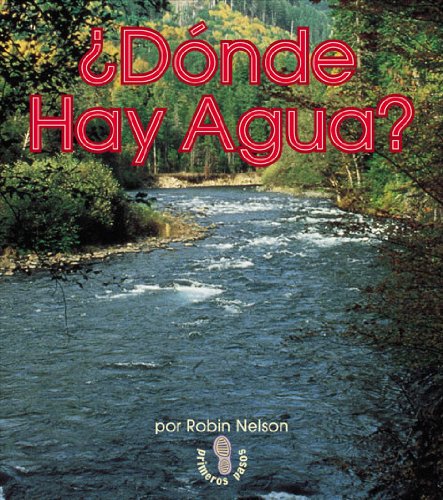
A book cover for Donde Hay Agua? (Primeros Pasos) (Spanish Edition); Robin Nelson; Science & Math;